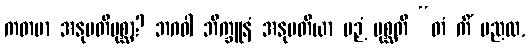
ကတမာ အနုမတိပုစ္ဆာ? ဘဂဝါ ဘိက္ခူနံ အနုမတိယာ ပဉှံ ပုစ္ဆတိ “တံ ကိံ မညထ,